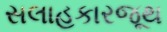
સલાહકારજૂથ